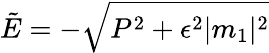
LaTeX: {\tilde{E}}=-\sqrt{P^{2}+\epsilon^{2}|m_{1}|^{2}}